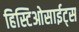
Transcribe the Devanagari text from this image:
हिस्टिओसाईट्स